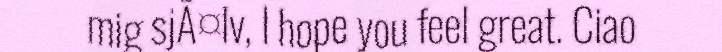
mig sjÃ¤lv, I hope you feel great. Ciao